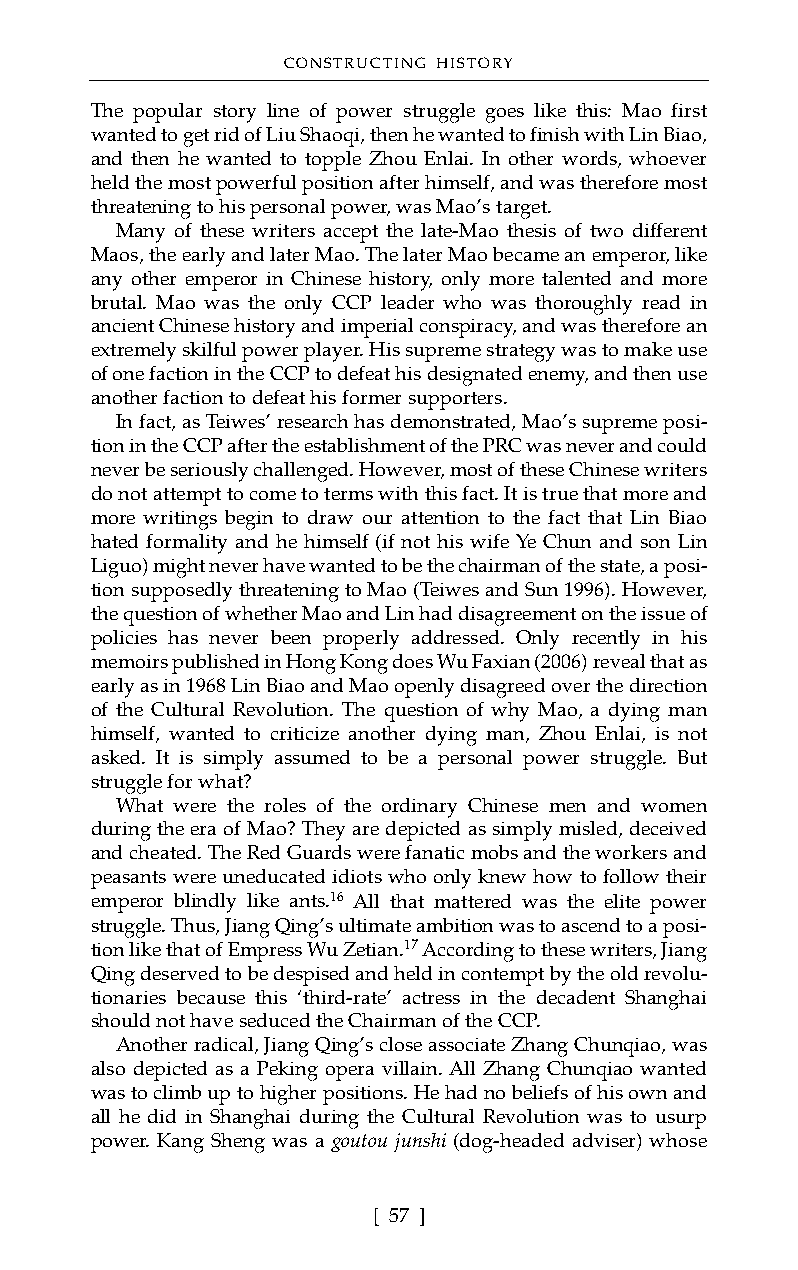
CONSTRUCTING HISTORY
 The popular story line of power struggle goes like this: Mao first
 wanted to get rid of Liu Shaoqi, then he wanted to finish with Lin Biao,
 and then he wanted to topple Zhou Enlai. In other words, whoever
 held the most powerful position after himself, and was therefore most
 threatening to his personal power, was Mao’s target.
 Many of these writers accept the late-Mao thesis of two different
 Maos, the early and later Mao. The later Mao became an emperor, like
 any other emperor in Chinese history, only more talented and more
 brutal. Mao was the only CCP leader who was thoroughly read in
 ancient Chinese history and imperial conspiracy, and was therefore an
 extremely skilful power player. His supreme strategy was to make use
 of one faction in the CCP to defeat his designated enemy, and then use
 another faction to defeat his former supporters.
 In fact, as Teiwes’ research has demonstrated, Mao’s supreme posi-
 tion in the CCP after the establishment of the PRC was never and could
 never be seriously challenged. However, most of these Chinese writers
 do not attempt to come to terms with this fact. It is true that more and
 more writings begin to draw our attention to the fact that Lin Biao
 hated formality and he himself (if not his wife Ye Chun and son Lin
 Liguo) might never have wanted to be the chairman of the state, a posi-
 tion supposedly threatening to Mao (Teiwes and Sun 1996). However,
 the question of whether Mao and Lin had disagreement on the issue of
 policies has never been properly addressed. Only recently in his
 memoirs published in Hong Kong does Wu Faxian (2006) reveal that as
 early as in 1968 Lin Biao and Mao openly disagreed over the direction
 of the Cultural Revolution. The question of why Mao, a dying man
 himself, wanted to criticize another dying man, Zhou Enlai, is not
 asked. It is simply assumed to be a personal power struggle. But
 struggle for what?
 What were the roles of the ordinary Chinese men and women
 during the era of Mao? They are depicted as simply misled, deceived
 and cheated. The Red Guards were fanatic mobs and the workers and
 peasants were uneducated idiots who only knew how to follow their
 emperor blindly like ants.16 All that mattered was the elite power
 struggle. Thus, Jiang Qing’s ultimate ambition was to ascend to a posi-
 tion like that of Empress Wu Zetian.17According to these writers, Jiang
 Qing deserved to be despised and held in contempt by the old revolu-
 tionaries because this ‘third-rate’ actress in the decadent Shanghai
 should not have seduced the Chairman of the CCP.
 Another radical, Jiang Qing’s close associate Zhang Chunqiao, was
 also depicted as a Peking opera villain. All Zhang Chunqiao wanted
 was to climb up to higher positions. He had no beliefs of his own and
 all he did in Shanghai during the Cultural Revolution was to usurp
 power. Kang Sheng was a goutou junshi (dog-headed adviser) whose
 [ 57 ]